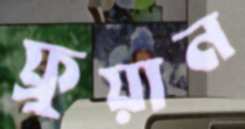
ফ্রুয়ান